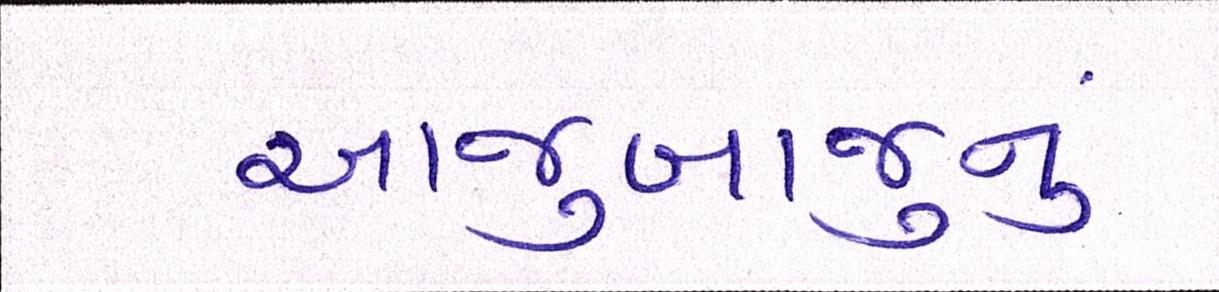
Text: આજુબાજુનું